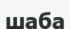
шаба